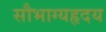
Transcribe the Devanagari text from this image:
सौभाग्यहृदय